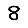
Digit: 8